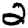
Digit: 2